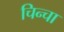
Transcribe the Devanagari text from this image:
चिन्चा